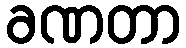
ခဏတာ